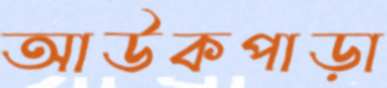
আউকপাড়া